Indian journal of veterinary science and animal husbandry - Volume 1,
Year: 1931
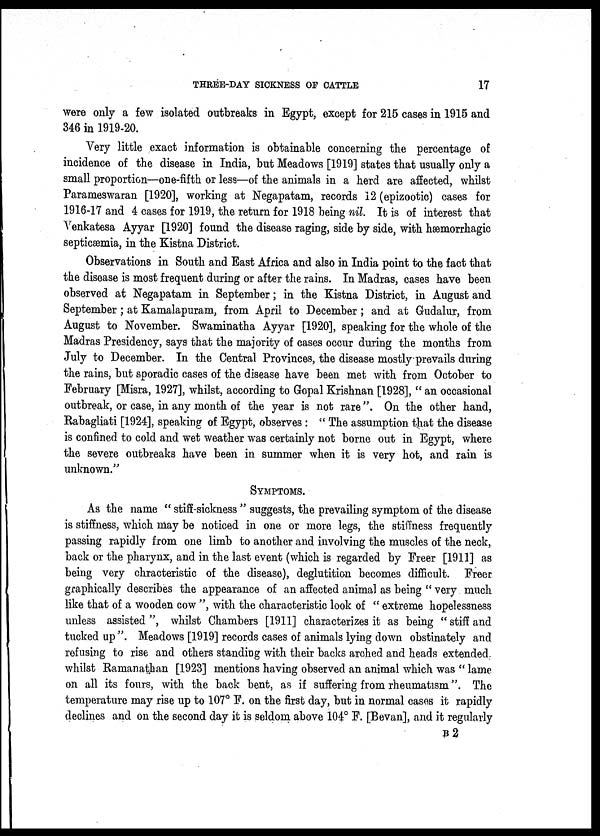
THREE-DAY SICKNESS OF CATTLE
17
were only a few isolated outbreaks in Egypt, except for 215 cases in 1915 and
346 in 1919-20.
Very little exact information is obtainable concerning the percentage of
incidence of the disease in India, but Meadows [1919] states that usually only a
small proportion—one-fifth or less—of the animals in a herd are affected, whilst
Parameswaran [1920], working at Negapatam, records 12 (epizootic) cases for
1916-17 and 4 cases for 1919, the return for 1918 being nil. It is of interest that
Venkatesa Ayyar [1920] found the disease raging, side by side, with hæmorrhagic
septicæmia, in the Kistna District.
Observations in South and East Africa and also in India point to the fact that
the disease is most frequent during or after the rains. In Madras, cases have been
observed at Negapatam in September; in the Kistna District, in August and
September ; at Kamalapuram, from April to December ; and at Gudalur, from
August to November. Swaminatha Ayyar [1920], speaking for the whole of the
Madras Presidency, says that the majority of cases occur during the months from
July to December. In the Central Provinces, the disease mostly prevails during
the rains, but sporadic cases of the disease have been met with from October to
February [Misra, 1927], whilst, according to Gopal Krishnan [1928], " an occasional
outbreak, or case, in any month of the year is not rare". On the other hand,
Rabagliati [1924], speaking of Egypt, observes : " The assumption that the disease
is confined to cold and wet weather was certainly not borne out in Egypt, where
the severe outbreaks have been in summer when it is very hot, and rain is
unknown."
SYMPTOMS.
As the name " stiff-sickness " suggests, the prevailing symptom of the disease
is stiffness, which may be noticed in one or more legs, the stiffness frequently
passing rapidly from one limb to another and involving the muscles of the neck,
back or the pharynx, and in the last event (which is regarded by Freer [1911] as
being very chracteristic of the disease), deglutition becomes difficult. Freer
graphically describes the appearance of an affected animal as being " very much
like that of a wooden cow ", with the characteristic look of " extreme hopelessness
unless assisted ", whilst Chambers [1911] characterizes it as being " stiff and
tucked up ". Meadows [1919] records cases of animals lying down obstinately and
refusing to rise and others standing with their backs arched and heads extended
whilst Ramanathan [1923] mentions having observed an animal which was " lame
on all its fours, with the back bent, as if suffering from rheumatism". The
temperature may rise up to 107° F. on the first day, but in normal cases it rapidly
declines and on the second day it is seldom above 104° F. [Bevan], and it regularly
B 2